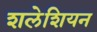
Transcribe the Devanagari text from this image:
शलेशियन